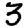
Digit: 3